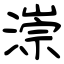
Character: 漴